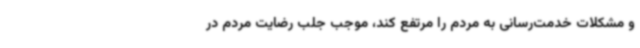
و مشکلات خدمت‌رسانی به مردم را مرتفع کند، موجب جلب رضایت مردم در